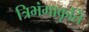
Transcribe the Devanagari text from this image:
त्रिभंगाकृतिं